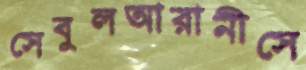
সেবুলআরানীসে